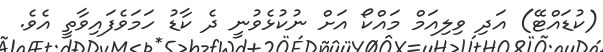
(ކުޑައްޓޭ) އަދި ވިލިއަމް މައްކޯ އަށް ނުކުޅެވުނީ ދެ ކާޑު ހަމަވެފައިވާތީ އެވެ.